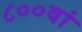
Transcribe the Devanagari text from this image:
८००वां